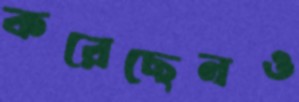
করেছেনও